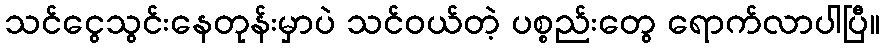
သင်ငွေသွင်းနေတုန်းမှာပဲ သင်ဝယ်တဲ့ ပစ္စည်းတွေ ရောက်လာပါပြီ။